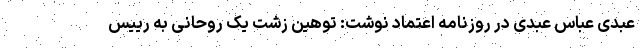
عبدی عباس عبدی در روزنامه اعتماد نوشت: توهین زشت یک روحانی به رییس